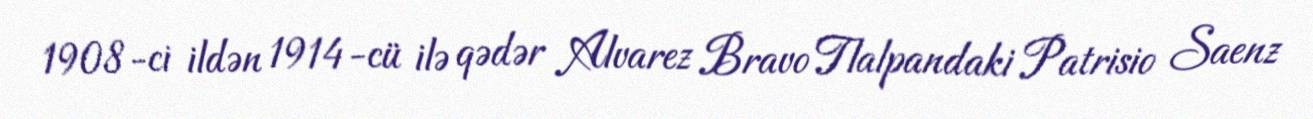
1908-ci ildən 1914-cü ilə qədər Alvarez Bravo Tlalpandaki Patrisio Saenz